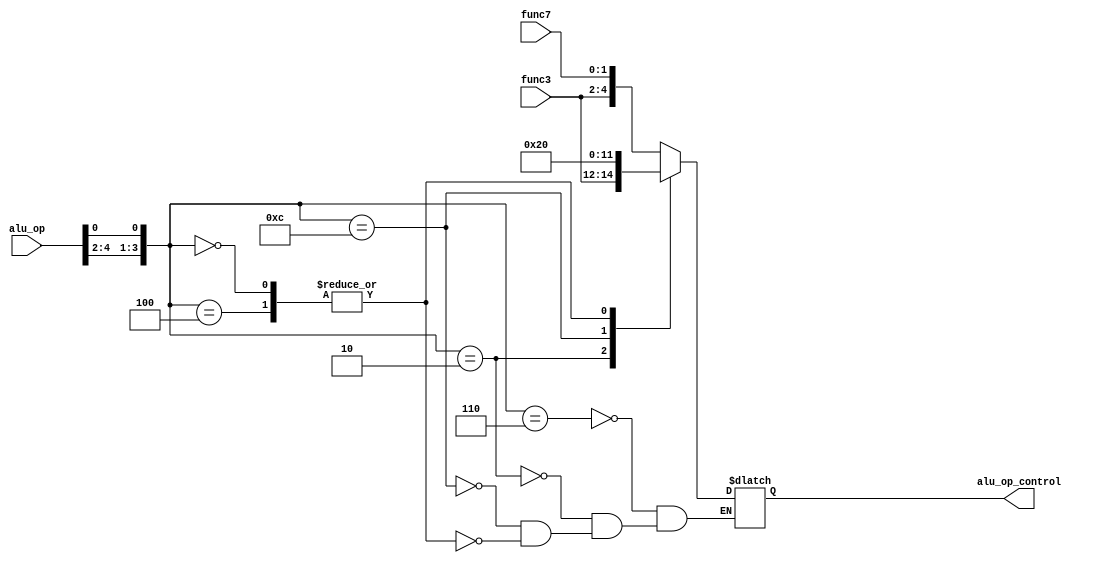
// alu_op are opcode bit 6,5,4,2
module alu_control(alu_op, func3, func7, alu_op_control);

input [4:0] alu_op;
input [2:0] func3;
// Only the two top bits of func7 are interesting for the instructins we want to
// implement, this corresponds to func7[6:5]. If the instruction type don't have
// func7, this will be set to 0.
input [1:0] func7;
output reg [4:0] alu_op_control;

reg [3:0] compressed_op;

// Packed opcodes to get the instruction type
parameter R_TYPE_ARITHMETIC_OPCODE = 4'b0110;
parameter I_TYPE_ARITHMETIC_OPCODE = 4'b0010;
parameter LD_OPCODE = 4'b0000;
parameter ST_OPCODE = 4'b0100;
parameter BEQ_OPCODE = 4'b1100;
parameter JAL_OPCODE = 4'b0100;

always @(*) begin
    compressed_op = {alu_op[4:2], alu_op[0]};
    case (compressed_op)
        R_TYPE_ARITHMETIC_OPCODE:
            begin
                alu_op_control <= {func3[2:0], func7[1:0]};
            end
        I_TYPE_ARITHMETIC_OPCODE:
            begin
                alu_op_control <= {func3[2:0], 2'b00};
            end
        BEQ_OPCODE:
            // TODO: BEQ really have to do a sub operation in ALU?, there's no
            // sub with immediate!!
            begin
                // Sub operation
                alu_op_control <= 5'b00001;
            end
        LD_OPCODE, ST_OPCODE, JAL_OPCODE:
            begin
                // Operation should be sum of register and imm
                alu_op_control <= 5'b00000;
            end
    endcase
end

endmodule